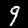
Digit: 9